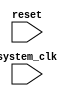
module timing_control_synchronization(
    input wire system_clk,
    input wire reset,
    
    // Add any other necessary inputs
    
    // Add any necessary outputs
);

// Define any necessary parameters and internal signals

// Add module code for setting time intervals, generating clock signals, capturing events, and synchronizing data transfers

endmodule